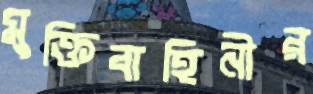
মুক্তিবাহিনীর